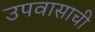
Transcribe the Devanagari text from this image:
उपवासाची